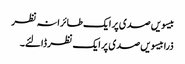
بیسویں صدی پر ایک طائرانہ نظر
ذرا بیسویں صدی پر ایک نظر ڈالئے۔